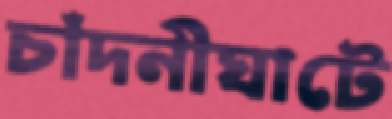
চাঁদনীঘাটে